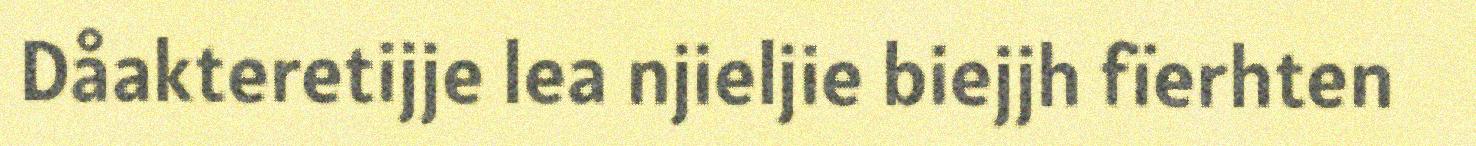
Dåakteretijje lea njieljie biejjh fïerhten